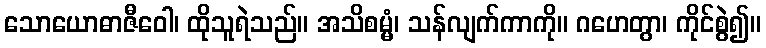
သောယောဓာဇီဝေါ၊ ထိုသူရဲသည်။ အသိစမ္မံ၊ သန်လျက်ကာကို။ ဂဟေတွာ၊ ကိုင်စွဲ၍။